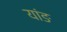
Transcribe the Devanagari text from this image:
यांङ